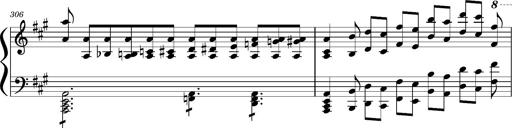
Title: Concerto sans orchestre, S.524a
Composer: Franz Liszt
Key: A major